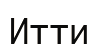
Итти